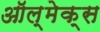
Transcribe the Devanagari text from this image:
ऑल्मेक्स